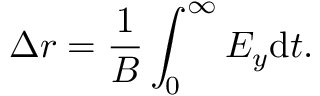
\Delta r = \frac { 1 } { B } \int _ { 0 } ^ { \infty } E _ { y } \mathrm { d } t .